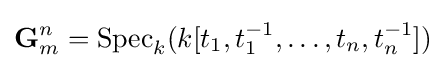
\mathbf {G} _{m}^{n}={\text{Spec}}_{k}(k[t_{1},t_{1}^{-1},\ldots ,t_{n},t_{n}^{-1}])